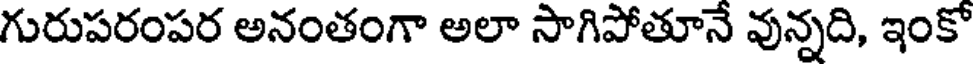
గురుపరంపర అనంతంగా అలా సాగిపోతూనే వున్నది, ఇంకో